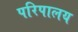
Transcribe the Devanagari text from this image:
परिपालय